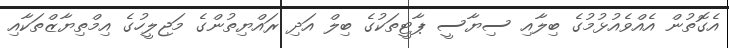
އެގޮތުން އެއްވެއުޅުމުގެ ބިލާއި ސިޔާސީ ޕާޓީތަކުގެ ބިލް އަދި ރައްޔިތުންގެ މަޖިލީހުގެ އިމްތިޔާޒްތަކާއި